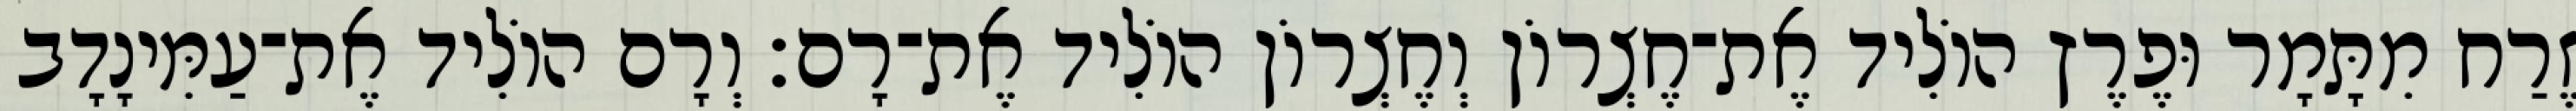
זֶרַח מִתָּמָר וּפֶרֶץ הוֹלִיד אֶת־חֶצְרוֹן וְחֶצְרוֹן הוֹלִיד אֶת־רָם׃ וְרָם הוֹלִיד אֶת־עַמִּינָדָב